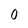
Character: 0